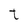
Character: t